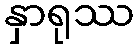
နှာရုဿ